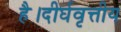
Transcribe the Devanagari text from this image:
है।दीर्घवृत्तीय